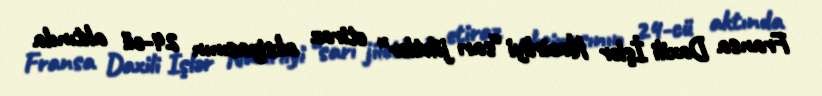
Fransa Daxili İşlər Nazirliyi “sarı jiletlər” etiraz aksiyasının 24-cü aktında